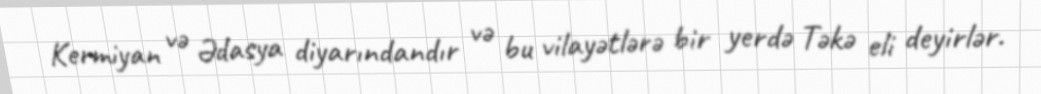
Kermiyan və Ədasya diyarındandır və bu vilayətlərə bir yerdə Təkə eli deyirlər.